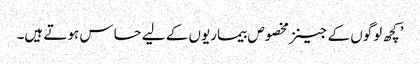
’کچھ لوگوں کے جینز مخصوص بیماریوں کے لیے حساس ہوتے ہیں۔